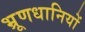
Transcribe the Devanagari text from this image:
भ्रूणधानियों